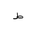
Letter: _da